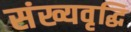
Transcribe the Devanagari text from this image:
संख्यवृद्धि